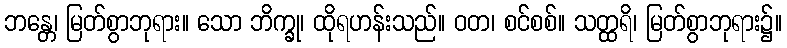
ဘန္တေ၊ မြတ်စွာဘုရား။ သော ဘိက္ခု၊ ထိုရဟန်းသည်။ ဝတ၊ စင်စစ်။ သတ္ထရိ၊ မြတ်စွာဘုရား၌။